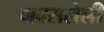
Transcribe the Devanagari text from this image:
गवसलेली